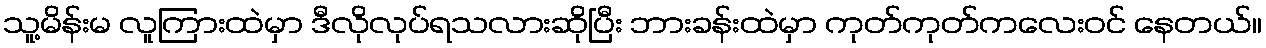
သူ့မိန်းမ လူကြားထဲမှာ ဒီလိုလုပ်ရသလားဆိုပြီး ဘားခန်းထဲမှာ ကုတ်ကုတ်ကလေးဝင် နေတယ်။